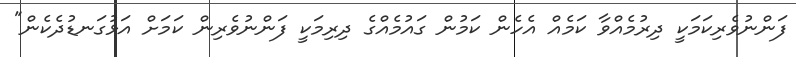
ފަންނުވެރިިކަމަކީ ދިރުމެއްވާ ކަމެއް އެހެން ކަމުން ގައުމެއްގެ ދިރިމަކީ ފަންނުވެރިން ކަމަށް އަޅުގަނޑުދެކެން"